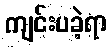
ကျင်းပခဲ့ရာ